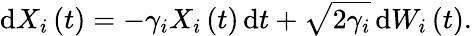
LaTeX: \mathrm{d}X_{i}\left(t\right)=-\gamma_{i}X_{i}\left(t\right)\, \mathrm{d}t+\sqrt{2\gamma_{i}}\, \mathrm{d}W_{i}\left(t\right).